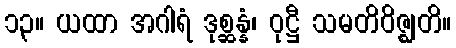
၁၃။ ယထာ အဂါရံ ဒုစ္ဆန္နံ၊ ဝုဋ္ဌီ သမတိဝိဇ္ဈတိ။